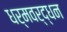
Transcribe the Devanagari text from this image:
धर्मवर्द्धन